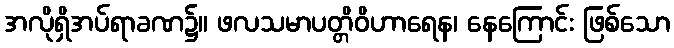
အလိုရှိအပ်ရာခဏ၌။ ဖလသမာပတ္တိဝိဟာရေန၊ နေကြောင်း ဖြစ်သော